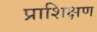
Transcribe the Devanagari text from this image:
प्राशिक्षण